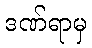
ဒဏ်ရာမှ